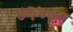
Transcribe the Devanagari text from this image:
४६५०ए